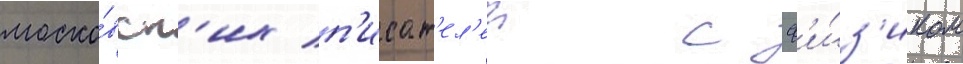
моско́вск'их п'исат'ел'еи с ф'и́з'иком